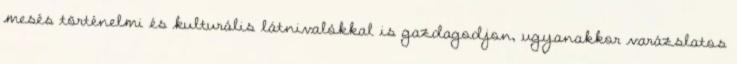
mesés történelmi és kulturális látnivalókkal is gazdagodjon, ugyanakkor varázslatos